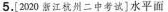
5.[2020浙江杭州二中考试]水平面